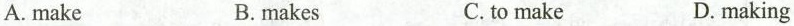
A.make B.makes C.to make D.making